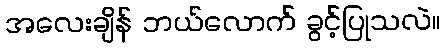
အလေးချိန် ဘယ်လောက် ခွင့်ပြုသလဲ။